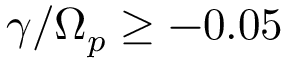
\gamma / \Omega _ { p } \geq - 0 . 0 5